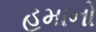
હમાનો